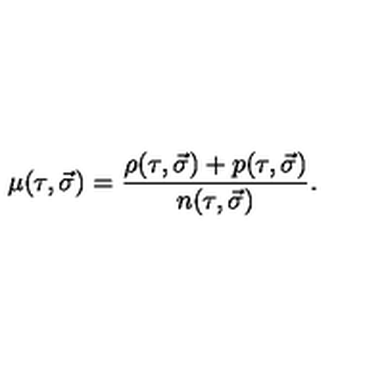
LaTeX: \mu ( \tau , \vec { \sigma } ) = \frac { \rho ( \tau , \vec { \sigma } ) + p ( \tau , \vec { \sigma } ) } { n ( \tau , \vec { \sigma } ) } .